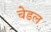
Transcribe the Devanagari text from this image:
चेडल